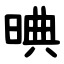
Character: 晪